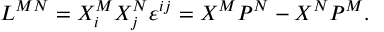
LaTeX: L ^ { M N } = X _ { i } ^ { M } X _ { j } ^ { N } \varepsilon ^ { i j } = X ^ { M } P ^ { N } - X ^ { N } P ^ { M } .